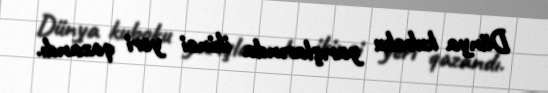
Dünya kuboku yarışlarında ikinci yeri qazandı.